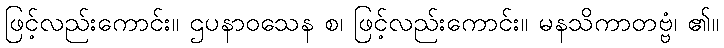
ဖြင့်လည်းကောင်း။ ဌပနာဝသေန စ၊ ဖြင့်လည်းကောင်း။ မနသိကာတဗ္ဗံ၊ ၏။